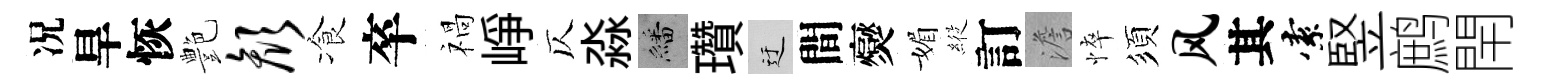
况旱恢艶颜飡卒禍峥仄淼繙瓚迂間爕媚𦂵訂澹悴須风其索竪鹧閈